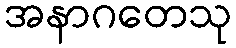
အနာဂတေသု